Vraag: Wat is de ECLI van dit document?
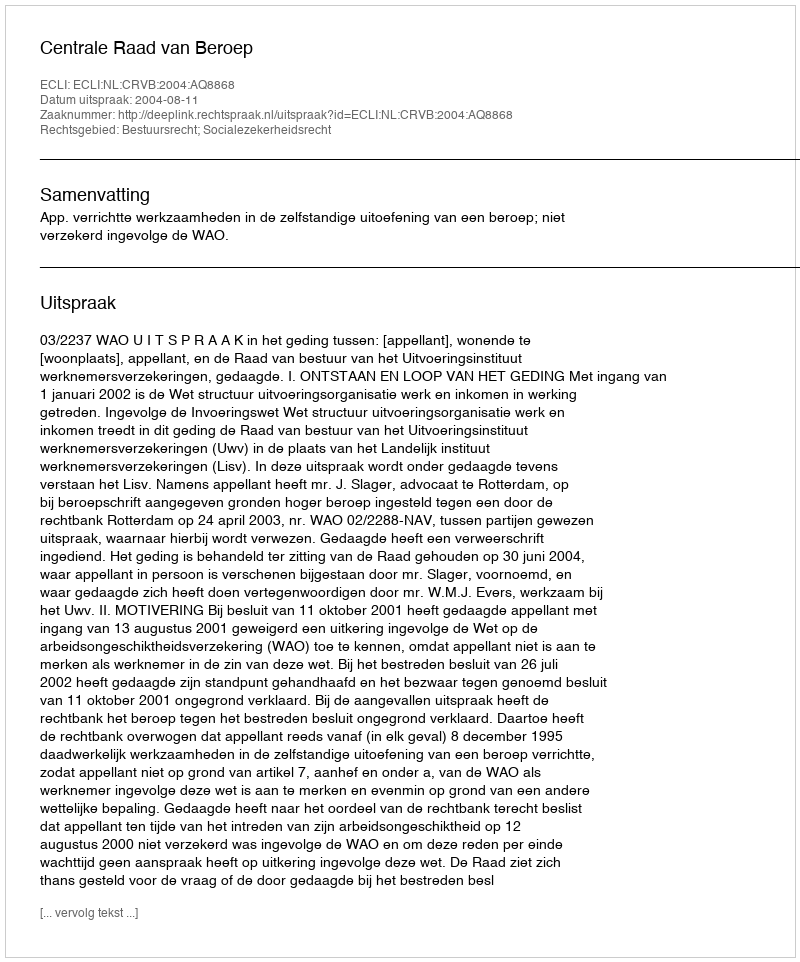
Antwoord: ECLI:NL:CRVB:2004:AQ8868